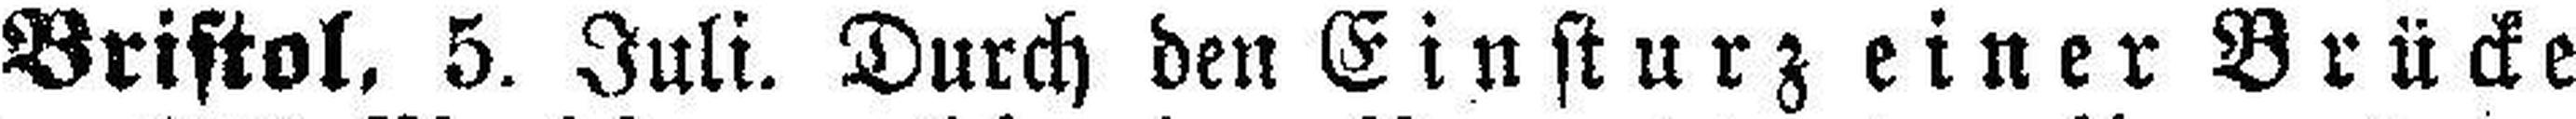
Bristol. 5. Juli. Durch den Einsturz einer Brücke